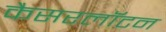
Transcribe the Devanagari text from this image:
कैसरलॉटन